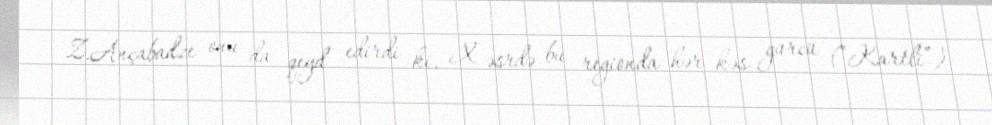
Z.Ançabadze onu da qeyd edirdi ki, X əsrdə bu regionda hər kəs gürcü (“Kartli”)